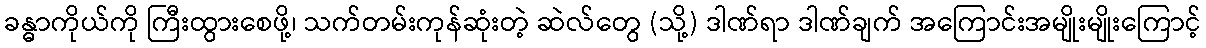
ခန္ဓာကိုယ်ကို ကြီးထွားစေဖို့၊ သက်တမ်းကုန်ဆုံးတဲ့ ဆဲလ်တွေ (သို့) ဒါဏ်ရာ ဒါဏ်ချက် အကြောင်းအမျိုးမျိုးကြောင့်